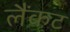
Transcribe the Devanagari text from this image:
लैंकट